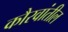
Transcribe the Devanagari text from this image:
कौरवांतील